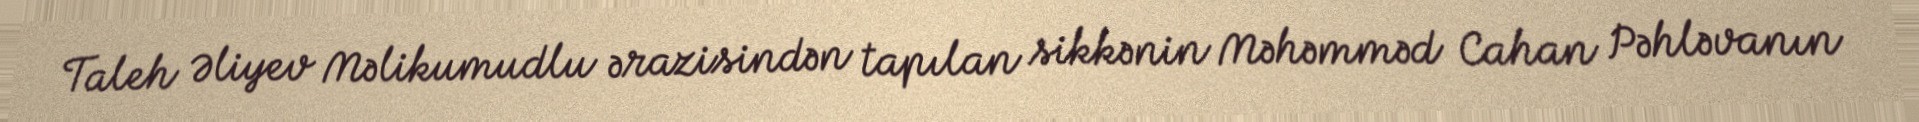
Taleh Əliyev Məlikumudlu ərazisindən tapılan sikkənin Məhəmməd Cahan Pəhləvanın